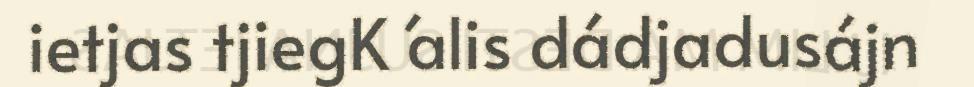
ietjas tjiegK ́alis dádjadusájn